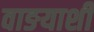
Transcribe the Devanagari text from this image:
वाङयाशीं